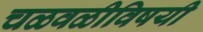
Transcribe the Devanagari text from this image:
चळवळीविषयी